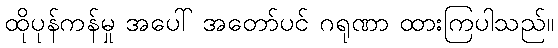
ထိုပုန်ကန်မှု အပေါ် အတော်ပင် ဂရုဏာ ထားကြပါသည်။